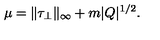
\mu = \| \tau _ { \perp } \| _ { \infty } + m | Q | ^ { 1 / 2 } .